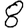
Digit: 8